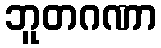
ဘူတဂဏာ